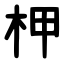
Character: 柙